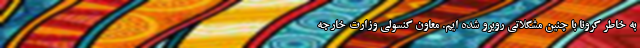
به خاطر کرونا با چنین مشکلاتی روبرو شده ایم. معاون کنسولی وزارت خارجه